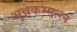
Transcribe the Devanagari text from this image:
भुन्नेकम्मल्ल